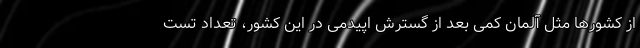
از کشورها مثل آلمان کمی بعد از گسترش اپیدمی در این کشور، تعداد تست